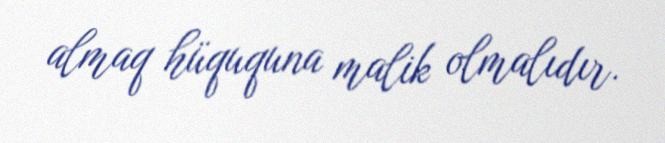
almaq hüququna malik olmalıdır.